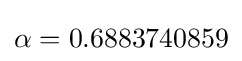
\alpha =0.6883740859